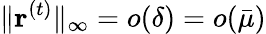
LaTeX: \| \mathbf{r}^{(t)}\| _{\infty}=o(\delta)=o(\bar{\mu})